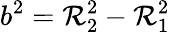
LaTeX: b^{2}=\mathcal{R}_{2}^{2}-\mathcal{R}_{1}^{2}